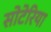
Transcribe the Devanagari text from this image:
सोटेरिया